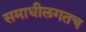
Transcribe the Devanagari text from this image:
समाधीलगतच